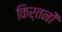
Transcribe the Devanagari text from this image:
किर्तनों